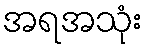
အရအသုံး